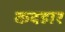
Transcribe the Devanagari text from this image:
कदहार